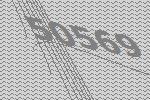
50569